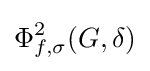
\Phi _{f,\sigma }^{2}(G,\delta )